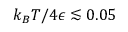
k _ { B } T / 4 \epsilon \lesssim 0 . 0 5